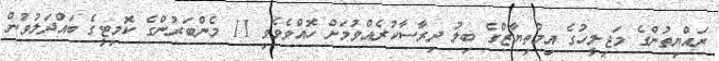
ރައްޔިތުންގެ މަޖިލީހުގެ އިމްތިޔާޒްގެ ބިލު ދިރާސާކުރެއްވުމަށް ހޮއްވެވެވި 11 މެންބަރުންގެ ކޮމިޓީގެ ބައްދަލުވުން